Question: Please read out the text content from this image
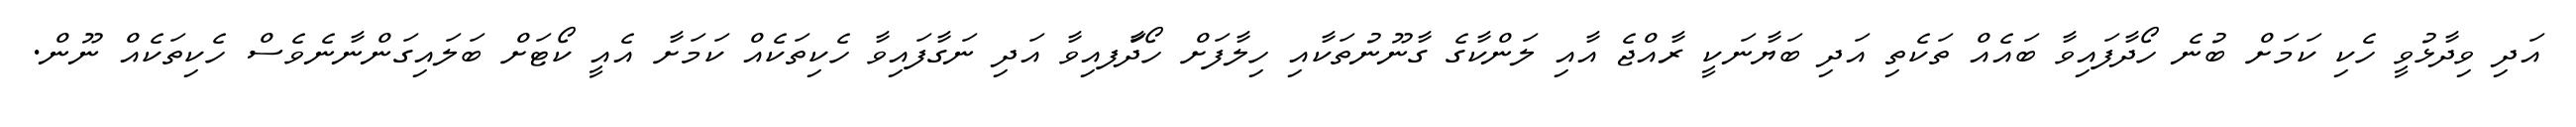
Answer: އަދި ވިދާޅުވީ ހެކި ކަމަށް ބުނެ ހޯދާފައިވާ ބައެއް ތަކެތި އަދި ބަޔާނަކީ ރާއްޖެ އާއި ލަންކާގެ ގާނޫނުތަކާއި ހިލާފަށް ހޯދާަފއިވާ އަދި ނަގާފައިވާ ހެކިތަކެއް ކަމަށާ އެއީ ކޯޓަށް ބަލައިގަންނާނެވެސް ހެކިތަކެއް ނޫން.